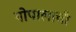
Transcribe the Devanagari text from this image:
गोपालाची